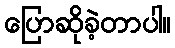
ပြောဆိုခဲ့တာပါ။